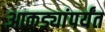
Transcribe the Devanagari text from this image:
आकड्यांपर्यंत